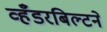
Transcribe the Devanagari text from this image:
व्हँडरबिल्टने